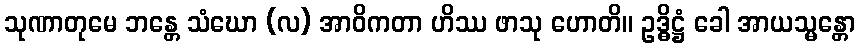
သုဏာတုမေ ဘန္တေ သံဃော (လ) အာဝိကတာ ဟိဿ ဖာသု ဟောတိ။ ဥဒ္ဓိဋ္ဌံ ခေါ အာယသ္မန္တော